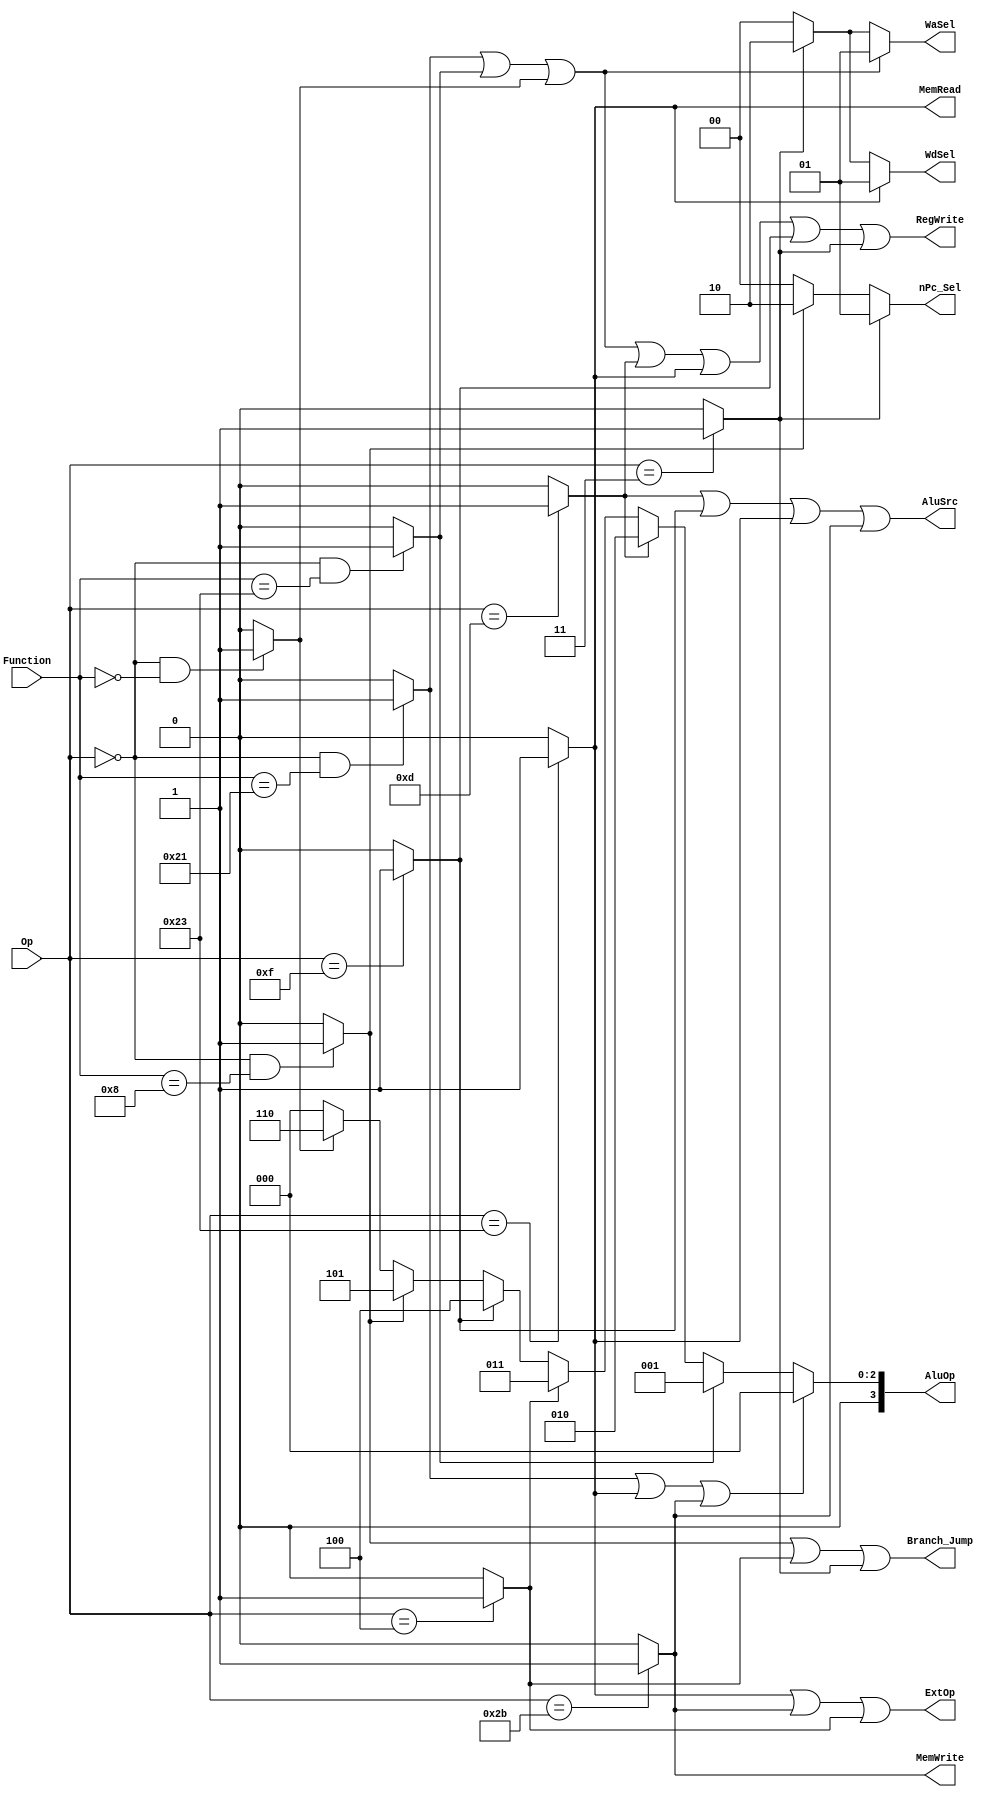
`timescale 1ns / 1ps
/*
1regwireassign
2.
3
*/
// {addu, subu, ori, lw, sw, beq, lui, jal, jr,sll(nop) }
module Controller(Op,Function,RegWrite,MemRead,MemWrite,Branch_Jump,WaSel,WdSel,ExtOp,AluSrc,AluOp,nPc_Sel);
    input [5:0] Op;
    input [5:0] Function;
    output RegWrite;
    output MemRead;
    output MemWrite;
    output Branch_Jump;
    output reg [1:0] WaSel;
    output reg [1:0] WdSel;
    output ExtOp;
    output AluSrc;
    output reg [3:0] AluOp;
    output reg [1:0] nPc_Sel;
	 
	 wire addu, subu, jr, sll, ori, lw, sw, beq, lui, jal;
	 
	 // 
	 assign addu = (Op == 6'b000000 && Function == 6'b100001)? 1 : 0;
	 assign subu = (Op == 6'b000000 && Function == 6'b100011)? 1 : 0;
	 assign jr = (Op == 6'b000000 && Function == 6'b001000)? 1 : 0;
	 assign sll = (Op == 6'b000000 && Function == 6'b000000)? 1 : 0;
	 assign ori = (Op == 6'b001101)? 1 : 0;
	 assign lw = (Op == 6'b100011)? 1 : 0;
	 assign sw = (Op == 6'b101011)? 1 : 0;
	 assign beq = (Op == 6'b000100)? 1 : 0;
	 assign lui = (Op == 6'b001111)? 1 : 0;
	 assign jal = (Op == 6'b000011)? 1 : 0;
	 
	 // 
	 assign RegWrite = addu | subu | sll | ori | lw | lui | jal;
	 assign MemRead = lw;
	 assign MemWrite = sw;
	 assign Branch_Jump = jr | beq | jal;
	 assign ExtOp = lw | sw | beq;
	 assign AluSrc = ori | lui | lw | sw;
	 
	 always @(*)begin
		if(addu | subu | sll) WaSel = 1;
		else if (jal) WaSel = 2;
		else WaSel = 0;
	 end
	 
	 always @(*)begin
		if(lw) WdSel = 1;
		else if(jal) WdSel = 2;
		else WdSel = 0;
	 end
	 
	 always @(*)begin
		if(addu|lw|sw)AluOp = 0;
		else if(subu)AluOp = 1;
		else if(ori)AluOp = 2;
		else if(beq)AluOp = 3;
		else if(lui)AluOp = 4;
		else if(jr)AluOp = 5;
		else if(sll)AluOp = 6;
		else AluOp = 0;
	 end
	 
	 always @(*)begin
		if(jal)nPc_Sel = 1;
		else if(jr)nPc_Sel = 2;
		else nPc_Sel = 0;
	 end

endmodule